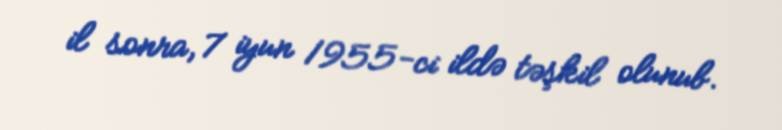
il sonra, 7 iyun 1955-ci ildə təşkil olunub.